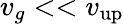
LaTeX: v_{g}<<v_{\mathrm{up}}